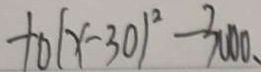
+ 0 ( x - 3 0 ) ^ { 2 } - 3 0 0 0 、